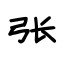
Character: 张